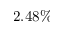
2 . 4 8 \%